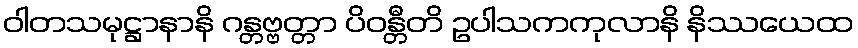
ဝါတသမုဋ္ဌာနာနိ ဂန္တဗ္ဗတ္တာ ပိဝန္တီတိ ဥပါသကကုလာနိ နိဿယေထ